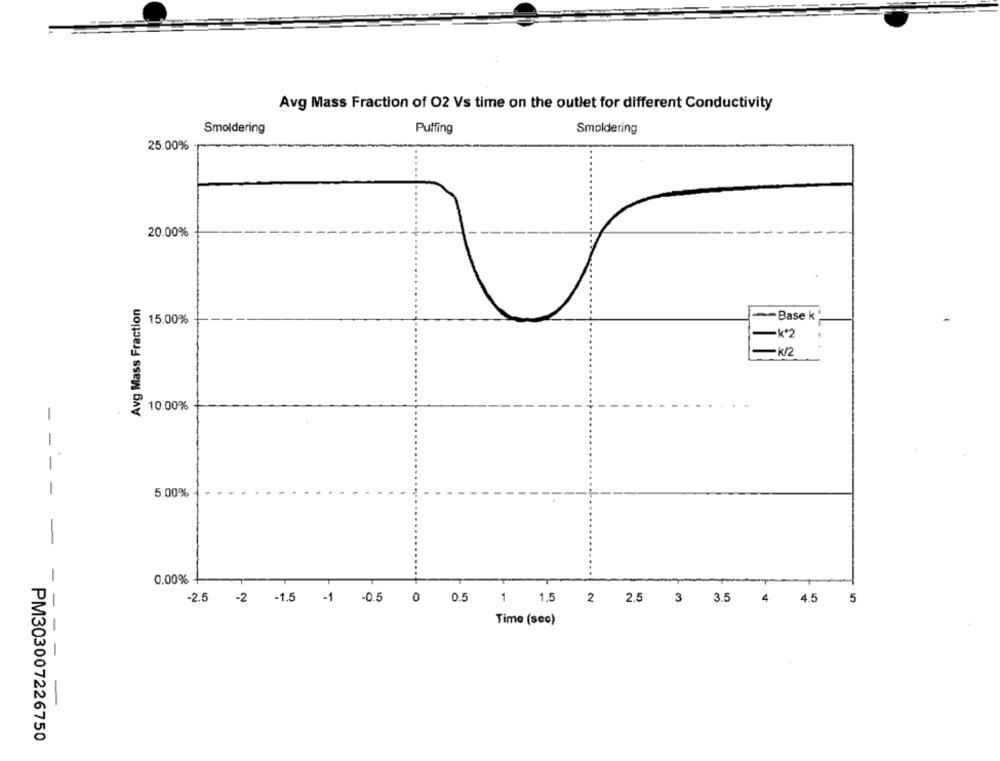
Avg Mass Fraction of 02 Vs time on the outlet for different Conductivity
Smoldering
Puffing
Smoldering
25.00%
20.00%
Avg Mass Fraction
15.00%
Base k
-k*2
-K2
10.00%
-
-
-
5.00%
-
-
0.00%
-2.5 -2 -1.5 -1 -0.5 0 0.5
1 1.5 2 2.5 3 3.5 4 4.5 5
-
Time (sec)
PM303007226750